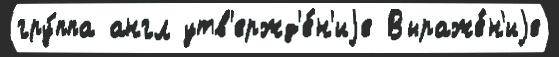
гру́ппа англ утв'ержд'е́н'иjе Выраже́н'иjе